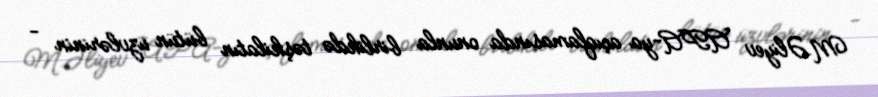
M.Əliyev APA-ya açıqlamasında onunla birlikdə təşkilatın bütün üzvlərinin -